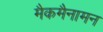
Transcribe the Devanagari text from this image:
मैकमैनामन